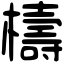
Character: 檮